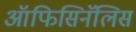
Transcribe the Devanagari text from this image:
ऑफिसिनॅलिस